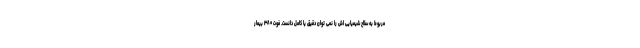
مربوط به سلاح شیمیایی اش را نمی توان دقیق یا کامل دانست. فوت ۳۸۰ بیمار